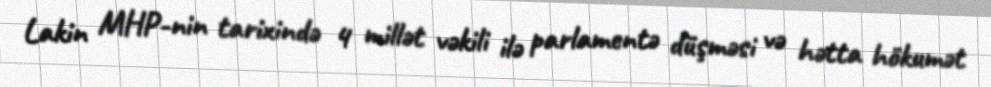
Lakin MHP-nin tarixində 4 millət vəkili ilə parlamentə düşməsi və hətta hökumət